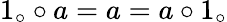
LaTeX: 1_{\circ}\circ a=a=a\circ 1_{\circ}